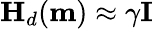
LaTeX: \mathbf{H}_{d}(\mathbf{m})\approx\gamma\mathbf{I}